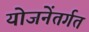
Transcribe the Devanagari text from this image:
योजनेंतर्गत